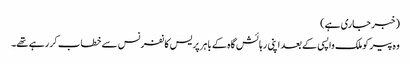
(خبر جاری ہے)
وہ پیر کوملک واپسی کے بعد اپنی رہا ئش گاہ کے باہر پر یس کانفرنس سے خطاب کر رہے تھے۔